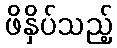
ဖိနှိပ်သည့်